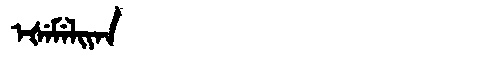
Manchu: ᡝᡧᡝᠮᡝᠯᡳᠶᠠᠨ
Romanization: EŠEMELIYAN